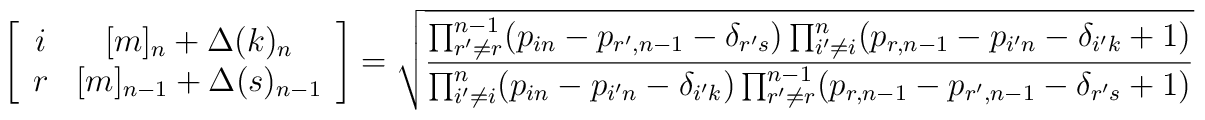
\left[\begin{array}{cc}i & [m]_n +\Delta (k)_n\\r & [m]_{n-1}+\Delta (s)_{n-1}\end{array}\right]=\sqrt{\frac{\prod_{r^\prime \neq r}^{n-1} (p_{in}-p_{r^\prime, n-1}-\delta_{r^\prime s})\prod_{i^\prime \neq i}^n (p_{r, n-1}-p_{i^\prime n}-\delta_{i^\prime k}+1)}{\prod_{i^\prime \neq i}^n (p_{in}-p_{i^\prime n}-\delta_{i^\prime k})\prod_{r^\prime \neq r}^{n-1} (p_{r, n-1}-p_{r^\prime, n-1}-\delta_{r^\prime s}+1)}}